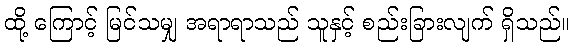
ထို့ ကြောင့် မြင်သမျှ အရာရာသည် သူနှင့် စည်းခြားလျက် ရှိသည်။